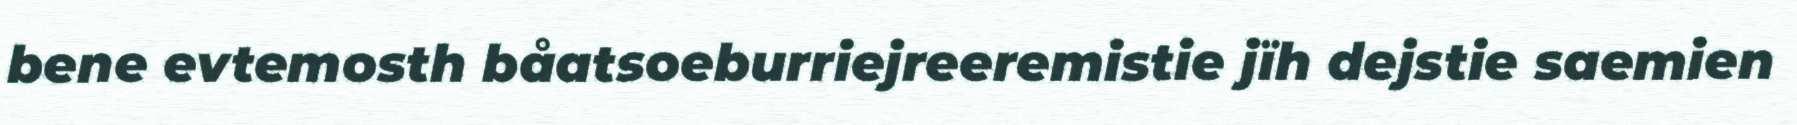
bene evtemosth båatsoeburriejreeremistie jïh dejstie saemien